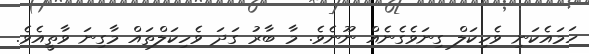
ހަމައެކަނި ވެހިކަލް ގިނަވެގެނެއް ނޫނެވެ. މާ ބާރު ގަދަ ވެހިކަލްތައް މާގިނަ ވާތީއެވެ.